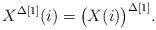
LaTeX: \begin{align*} X^{\Delta [1]}(i) = \big( X(i) \big)^{\Delta [1]}. \end{align*}